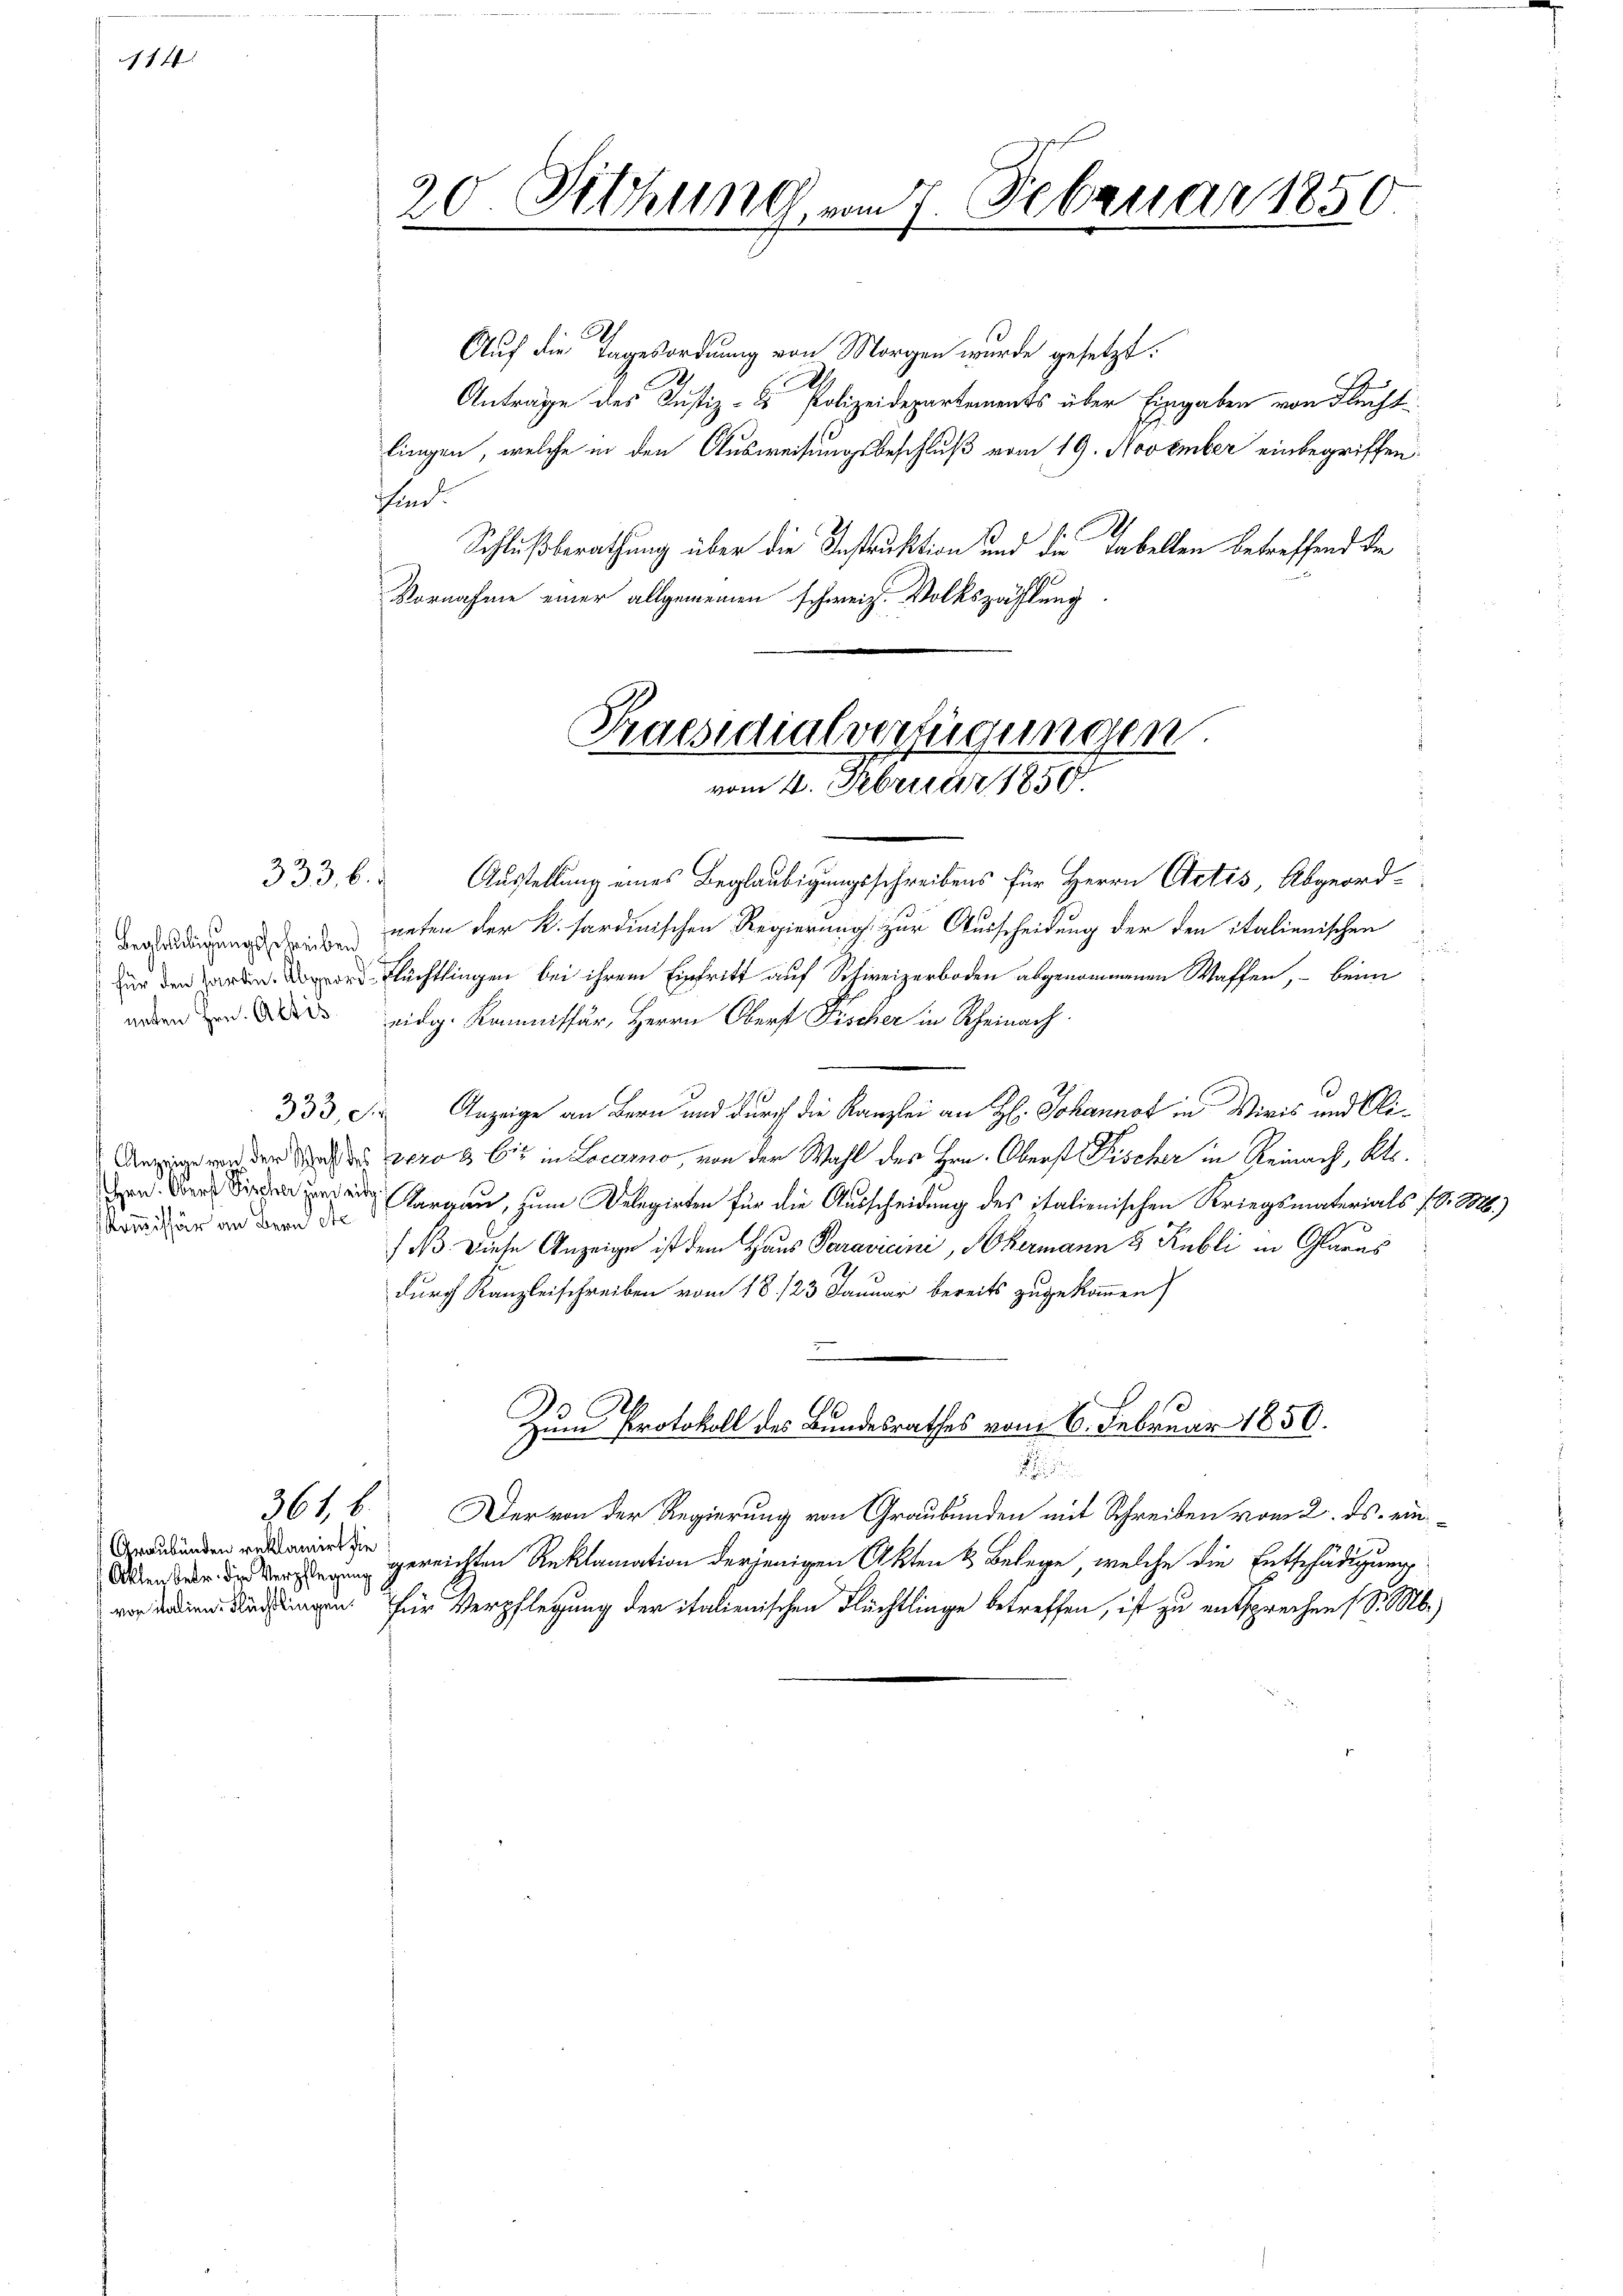
114.

333, 6.

Beglestigungsschreiben
neten Hrn. Altis.

Komissär an Bern etc.

Graubünden reklamirt die

20 Sitzung vom 7. Februar 1850
.

Auf die Tagesordnung von Morgen wurde gesetzt.
I.
Anträge des Justiz- & Polizeidepartements über Eingaben von Flecht
lingen, welche in den Ausweisungsbeschluß vom 19. November einbegriffen
hin.
Schlußberathung über die Instruktion und die Tabellen betreffend de
Vornahme einer allgemeinen schweiz. Volkszählung

Praesidialverfügungen.
vom 4. Februar 1850.

Ausstellung eines Beglaubigungsschreibens für Herrn Actis, Abgeordneten der K. sardinischen Regierung zur Ausscheidung der den italienischen
 Flüchtlingen bei ihrem Eintritt auf Schweizerboden abgenommenen Waffen, – beim
eidg. Kommissär, Herrn Oberst Fischer in Rheinach
333, S. Anzeige an Bern und durch die Kanzlei an H. Johannot in Wiris und Ali¬
Anzig von der Strafe vero a. Er in Locarno, von der Wahl des Hrn. Oberst Fischer in Reinach, Kts.
 argau, zum Delegirten für die Ausscheidung des italienischen Kriegsmaterials (S. M.)
/B. Diese Anzeige ist dem Haus Paravicini, Thermann 5 Rubli in Glarus
durch Kanzleischreiben vom 18. 123 Januar bereits zugekommen
Zum Protokoll des Bundesrathes vom 6. Februar 1850.

361, b. Der von der Regierung von Graubünden mit Schreiben vom 2. ds. ein¬
 gerichten Reklamation derjenigen Akten & Belege, welche die Entschädigung
 ungen für Verpflegung der italienischen Flüchtlinge betreffen, ist zu entsprechen (S. M.)